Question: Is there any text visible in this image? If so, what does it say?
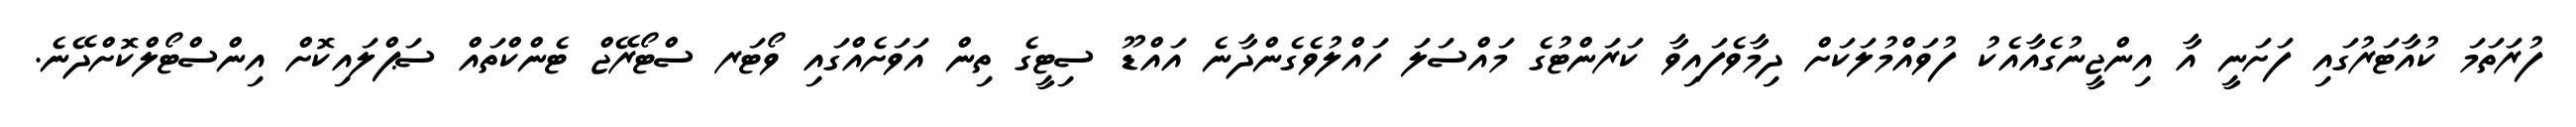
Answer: ފުރަތަމަ ކުއާޓަރުގައި ފަށަނީ އާ އިންޖީނުގެއާއެކު ފުވައްމުލަކަށް ދިމާވެފައިވާ ކަރަންޓުގެ މައްސަލަ ހައްލުވެގެންދާނެ އައްޑޫ ސިޓީގެ ތިން އަވަށެއްގައި ވޯޓަރ ސްޓޯރޭޖް ޓެންކްތައް ސަޕްލައިކޮށް އިންސްޓޯލްކޮށްދޭނެ.